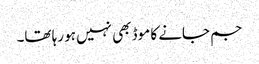
جم جانے کا موڈ بھی نہیں ہو رہا تھا۔